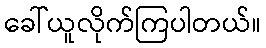
ခေါ်ယူလိုက်ကြပါတယ်။